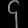
Digit: ၄